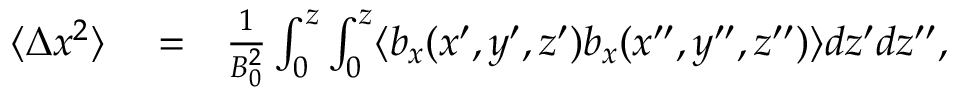
\begin{array} { r l r } { \langle \Delta x ^ { 2 } \rangle } & { { } = } & { \frac { 1 } { B _ { 0 } ^ { 2 } } \int _ { 0 } ^ { z } \int _ { 0 } ^ { z } \langle b _ { x } ( x ^ { \prime } , y ^ { \prime } , z ^ { \prime } ) b _ { x } ( x ^ { \prime \prime } , y ^ { \prime \prime } , z ^ { \prime \prime } ) \rangle d z ^ { \prime } d z ^ { \prime \prime } , } \end{array}